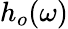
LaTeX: h_{o}(\omega)